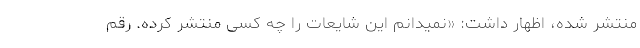
منتشر شده، اظهار داشت: «نمیدانم این شایعات را چه کسی منتشر کرده. رقم